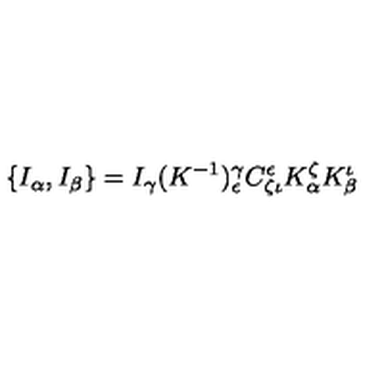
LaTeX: \{ I _ { \alpha } , I _ { \beta } \} = I _ { \gamma } ( K ^ { - 1 } ) _ { \epsilon } ^ { \gamma } C ^ { \epsilon } _ { \zeta \iota } K _ { \alpha } ^ { \zeta } K _ { \beta } ^ { \iota }